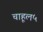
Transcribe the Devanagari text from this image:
चाहूल५